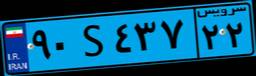
۷۷S۴۲۱۶۳